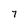
Character: 7